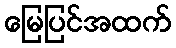
မြေပြင်အထက်